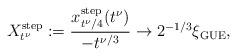
LaTeX: \begin{align*}X^{\rm step}_{t^\nu}:=\frac{x^{\rm step}_{t^\nu/4}(t^\nu)}{-t^{\nu/3}}\to 2^{-1/3}\xi_{\rm GUE},\end{align*}